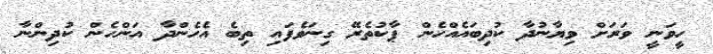
ހީވަނީ ވަރަށް ވިޔާނުދާ ކުދިބައެއްހެން ޕާކުތެރޭ ގިނަވެފައި ތިބެ އެހެންދާ އަންހެން ކުދިންނާ